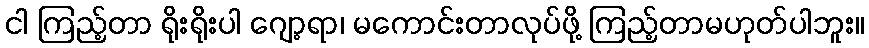
ငါ ကြည့်တာ ရိုးရိုးပါ ဂျော့ရာ၊ မကောင်းတာလုပ်ဖို့ ကြည့်တာမဟုတ်ပါဘူး။